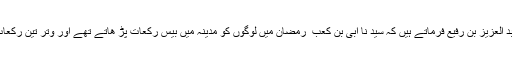
عبد العزیز بن رفیع فرماتے ہیں کہ سید نا ابی بن کعب ؓ رمضان میں لوگوں کو مدینہ میں بیس رکعات پڑ ھاتے تھے اور وتر تین رکعات۔